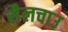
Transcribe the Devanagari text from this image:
सैलचाउ